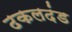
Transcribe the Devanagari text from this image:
ढकलदंड